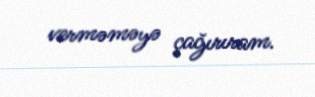
verməməyə çağırıram.